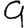
Digit: 9